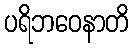
ပရိဘဝေနာတိ